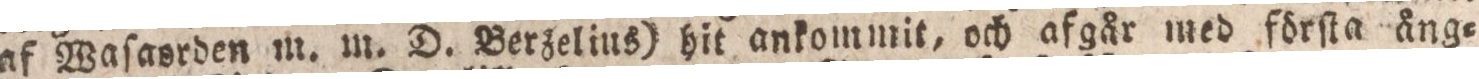
af Waſasrden m. m. D. Berzelius) hit ankommit, och afgår med förſta ång=